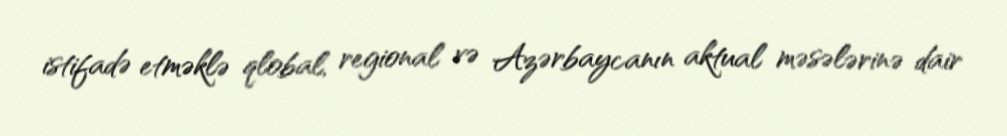
istifadə etməklə qlobal, regional və Azərbaycanın aktual məsələrinə dair